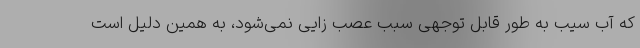
که آب سیب به طور قابل توجهی سبب عصب زایی نمی‌شود، به همین دلیل است